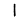
Digit: 1